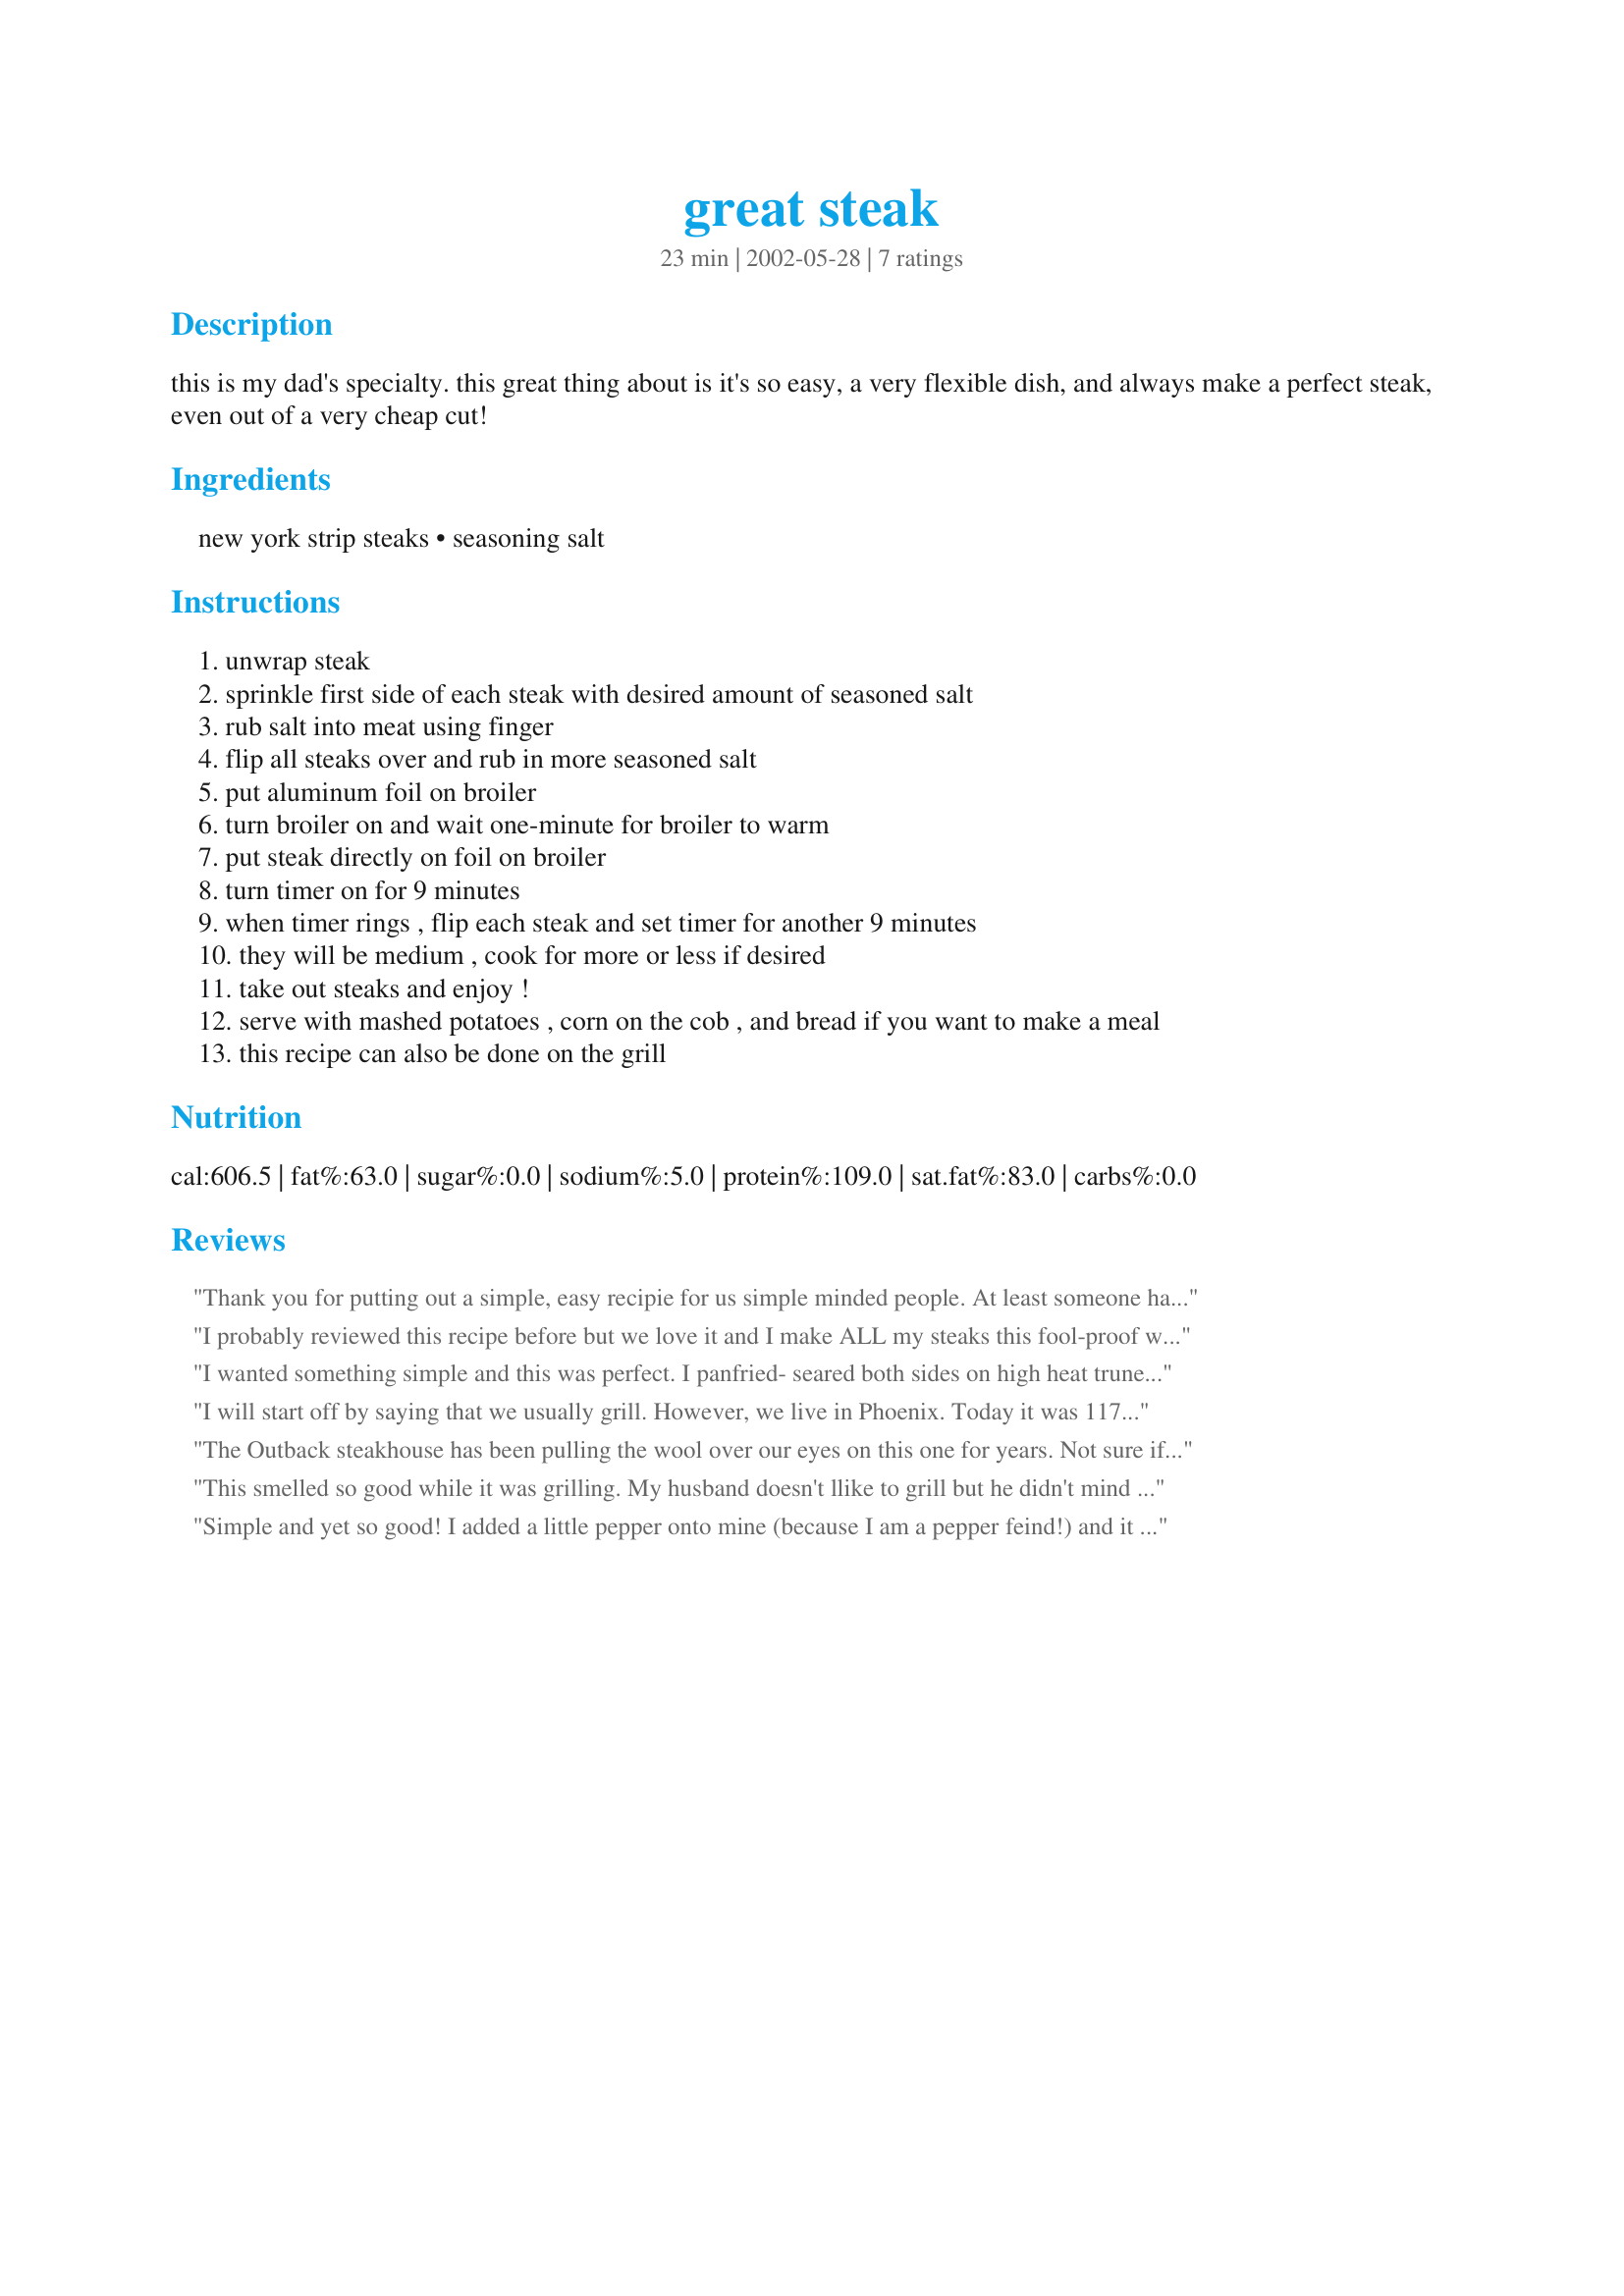
great steak
Preparation time: 23 minutes

this is my dad's specialty. this great thing about is it's so easy, a very flexible dish, and always make a perfect steak, even out of a very cheap cut!

Ingredients:
new york strip steaks, seasoning salt

Steps:
unwrap steak
sprinkle first side of each steak with desired amount of seasoned salt
rub salt into meat using finger
flip all steaks over and rub in more seasoned salt
put aluminum foil on broiler
turn broiler on and wait one-minute for broiler to warm
put steak directly on foil on broiler
turn timer on for 9 minutes
when timer rings , flip each steak and set timer for another 9 minutes
they will be medium , cook for more or less if desired
take out steaks and enjoy !
serve with mashed potatoes , corn on the cob , and bread if you want to make a meal
this recipe can also be done on the grill

Reviews:
Thank you for putting out a simple, easy recipie for us simple minded people. At least someone hasn't forgotten the "little people". Appreciated!
I probably reviewed this recipe before but we love it and I make ALL my steaks this fool-proof way!!!!!!,,Delicious..the timing is the key,,I sometimes change seasonings...perfect every time!!!!
 I wanted something simple and this was perfect. I panfried- seared both sides on high heat truned to medium and finished cooking 4 minutes per side,. I had never used this type of steak before - It was top Sirloin but wrapped in a net cut 1 1/2" thick and apprx 4" round. Perfect pink inside and very tender. Thanks Pinedog it was just the right recipe for tonight
I will start off by saying that we usually grill. However, we live in Phoenix. Today it was 117 degrees out, and neither myself or my husband was willing to stand in front of a grill in that unbearable heat! So, I came here and found this recipe. I was worried that broiling my husband's father's day ribeye would dry it out, but after reading the reviews I decided to give it a try. I used McCormick's Montreal Steak Seasoning, and did as was suggested by another reviewer. I seared them on high for 4 minutes, then cooked them the rest of the way on low. WOW! They were juicy and delicious! My stepson said it was the best steak he ever had! We all really liked this, and it's really nice to know a good method of making steaks when grilling is not an option. Thanks!!!
The Outback steakhouse has been pulling the wool over our eyes on this one for years. Not sure if this is their recipe but pretty close. One night my husband and I were eating a juicy steak there and said...."hmmm...no grill marks they did it in a pan." We experimented at home and found that this is pretty close when done in cast iron and finished to your liking in the oven (if you like medium or above). McCormick's grilled steak seasoning is good too.
This smelled so good while it was grilling. My husband doesn't llike to grill but he didn't mind this recipe it was so easy. It was worth 5 stars to have him do the grilling. The seasoned salt was such a easy and tasting coating on the steak. 

Thanks Pinedog Pineapple Person. 

Bullwinkle.
Simple and yet so good! I added a little pepper onto mine (because I am a pepper feind!) and it was delicious! Thanks
